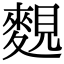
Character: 麲